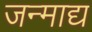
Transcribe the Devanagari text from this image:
जन्माद्य